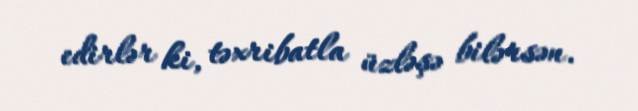
edirlər ki, təxribatla üzləşə bilərsən.